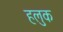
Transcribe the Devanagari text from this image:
हलुक